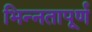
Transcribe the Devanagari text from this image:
भिन्‍नतापूर्ण